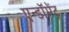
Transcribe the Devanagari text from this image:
एन्‍डॉमेंट